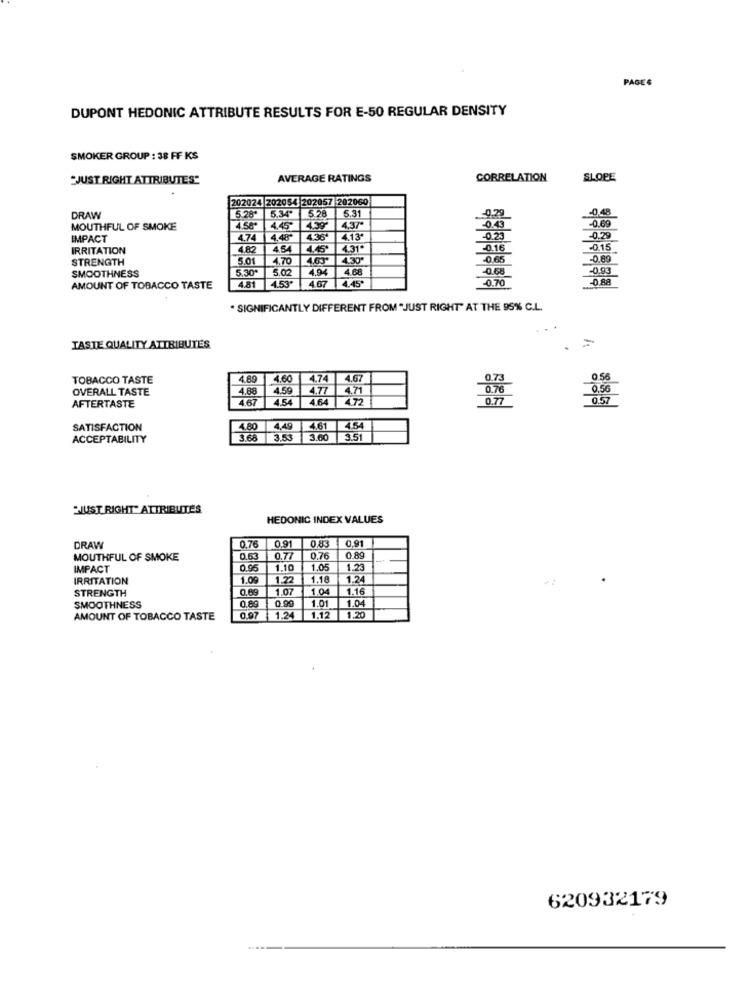
PAGES
DUPONT HEDONIC ATTRIBUTE RESULTS FOR E-50 REGULAR DENSITY
SMOKER GROUP : 38 FF KS
"JUST RIGHT ATTRIBUTES"
AVERAGE RATINGS
CORRELATION
SLOPE
202024 202054 202057 202060
5.28' 5.34* 5.28
0.48
DRAW
5.31
-0.69
MOUTHFUL OF SMOKE
4.45
4.39'
4.37ª
-0.43
IMPACT
4.74
4.48
4.36
4.13"
-0.23
-0.29
IRRITATION
4.82
4.54
4.45'
4.31
-0.16
-0.15
STRENGTH
5.01
4.70
4.63'
4.30
0.65
-0.89
SMOOTHNESS
5.30
5.02
4.94
4.68
-0.68
093
4.81
4.53*
4.67 4.45'
-0.70
-0.88
AMOUNT OF TOBACCO TASTE
. SIGNIFICANTLY DIFFERENT FROM "JUST RIGHT" AT THE 95% C.L.
TASTE QUALITY ATTRIBUTES
TOBACCO TASTE
4.89
4.60
4.74
4.67
0.73
0.56
OVERALL TASTE
4.88
4.59
4.77
4.71
0.76
0.56
4.67
4.54
4.64
472
0.77
AFTERTASTE
SATISFACTION
4.60
4.49
4.61
4.54
ACCEPTABILITY
3.68
3.53
3.60
1 3.51
JUST RIGHT" ATTRIBUTES
HEDONIC INDEX VALUES
0.91
0,91
DRAW
0.76
MOUTHFUL OF SMOKE
0.63
0.77
0.76
0.89
IMPACT
0.95
1.10
1.05
.23
IRRITATION
1.09
1.22
1.18
1.24
STRENGTH
0.69
1.07
1.0
1.16
0.99
1.01
1.04
SMOOTHNESS
0.89
AMOUNT OF TOBACCO TASTE
0.97
1.24
1.12
1.20
620932179